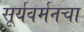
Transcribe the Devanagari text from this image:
सूर्यवर्मनचा